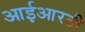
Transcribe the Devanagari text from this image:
आईआरटी